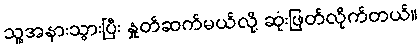
သူ့အနားသွားပြီး နှုတ်ဆက်မယ်လို့ ဆုံးဖြတ်လိုက်တယ်။